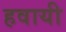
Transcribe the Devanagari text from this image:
हवायी